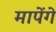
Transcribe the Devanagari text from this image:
मापेंगे